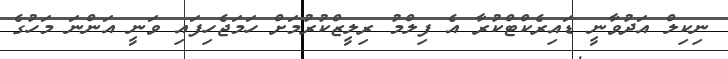
ނިކިލް އަދުވާނީ ޑައިރެކްޓްކުރާ އެ ފިލްމު ރިލީޒްކުރުމަށް ހަމަޖެހިފައި ވަނީ އަންނަ މަހުގެ